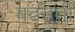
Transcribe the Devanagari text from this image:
बढ़तती